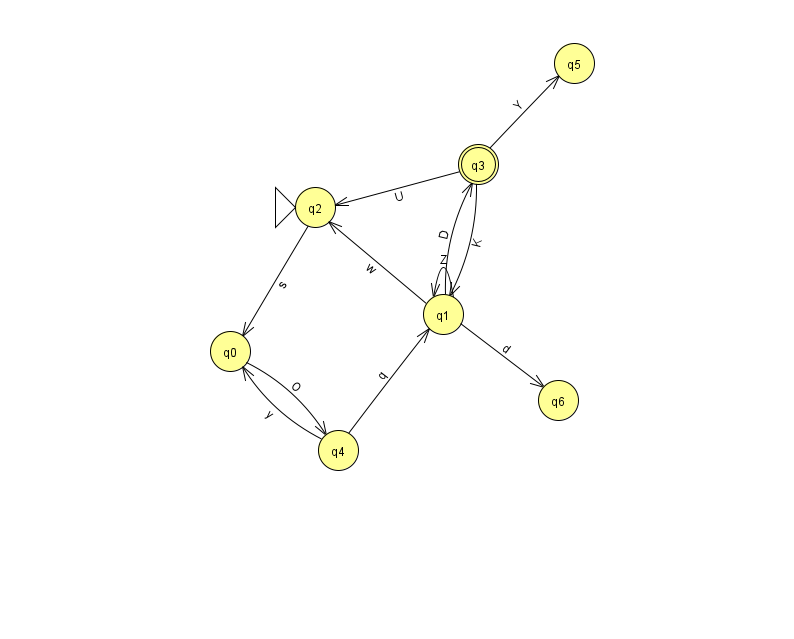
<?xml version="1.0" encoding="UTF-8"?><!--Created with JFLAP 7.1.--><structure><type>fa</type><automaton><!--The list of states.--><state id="0" name="q0"><x>230.0</x><y>338.0</y></state><state id="1" name="q1"><x>443.0</x><y>301.0</y></state><state id="2" name="q2"><x>315.0</x><y>194.0</y><initial/></state><state id="3" name="q3"><x>478.0</x><y>151.0</y><final/></state><state id="4" name="q4"><x>338.0</x><y>437.0</y></state><state id="5" name="q5"><x>574.0</x><y>50.0</y></state><state id="6" name="q6"><x>558.0</x><y>387.0</y></state><!--The list of transitions.--><transition><from>1</from><to>3</to><read>D</read></transition><transition><from>0</from><to>4</to><read>O</read></transition><transition><from>1</from><to>2</to><read>w</read></transition><transition><from>1</from><to>6</to><read>d</read></transition><transition><from>3</from><to>5</to><read>Y</read></transition><transition><from>2</from><to>0</to><read>s</read></transition><transition><from>3</from><to>2</to><read>U</read></transition><transition><from>4</from><to>0</to><read>y</read></transition><transition><from>1</from><to>1</to><read>Z</read></transition><transition><from>4</from><to>1</to><read>q</read></transition><transition><from>3</from><to>1</to><read>K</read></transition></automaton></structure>